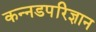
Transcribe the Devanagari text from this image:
कन्नडपरिज्ञान